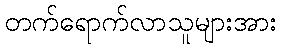
တက်ရောက်လာသူများအား